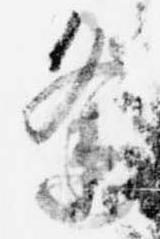
逢